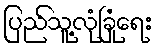
ပြည်သူ့လုံခြုံရေး